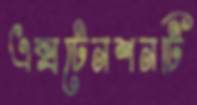
এক্সটেনশনটি